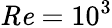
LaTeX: \mathit{Re}=10^{3}